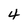
Character: 4